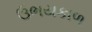
ઉભયકાળ